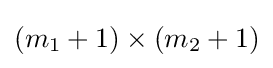
(m_{1}+1)\times (m_{2}+1)